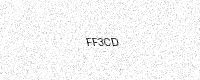
Text: FF3CD